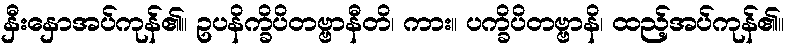
နှီးနှောအပ်ကုန်၏။ ဥပနိက္ခိပိတဗ္ဗာနီတိ၊ ကား။ ပက္ခိပိတဗ္ဗာနိ၊ ထည့်အပ်ကုန်၏။